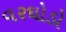
વરઘોડો